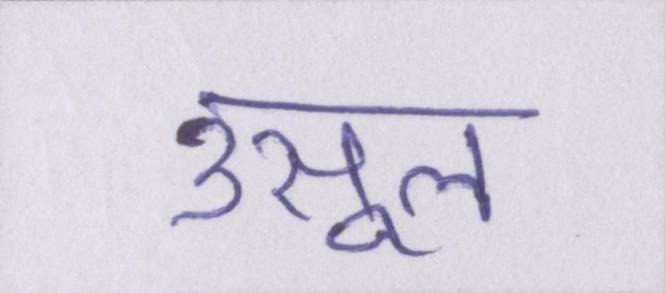
उसूल